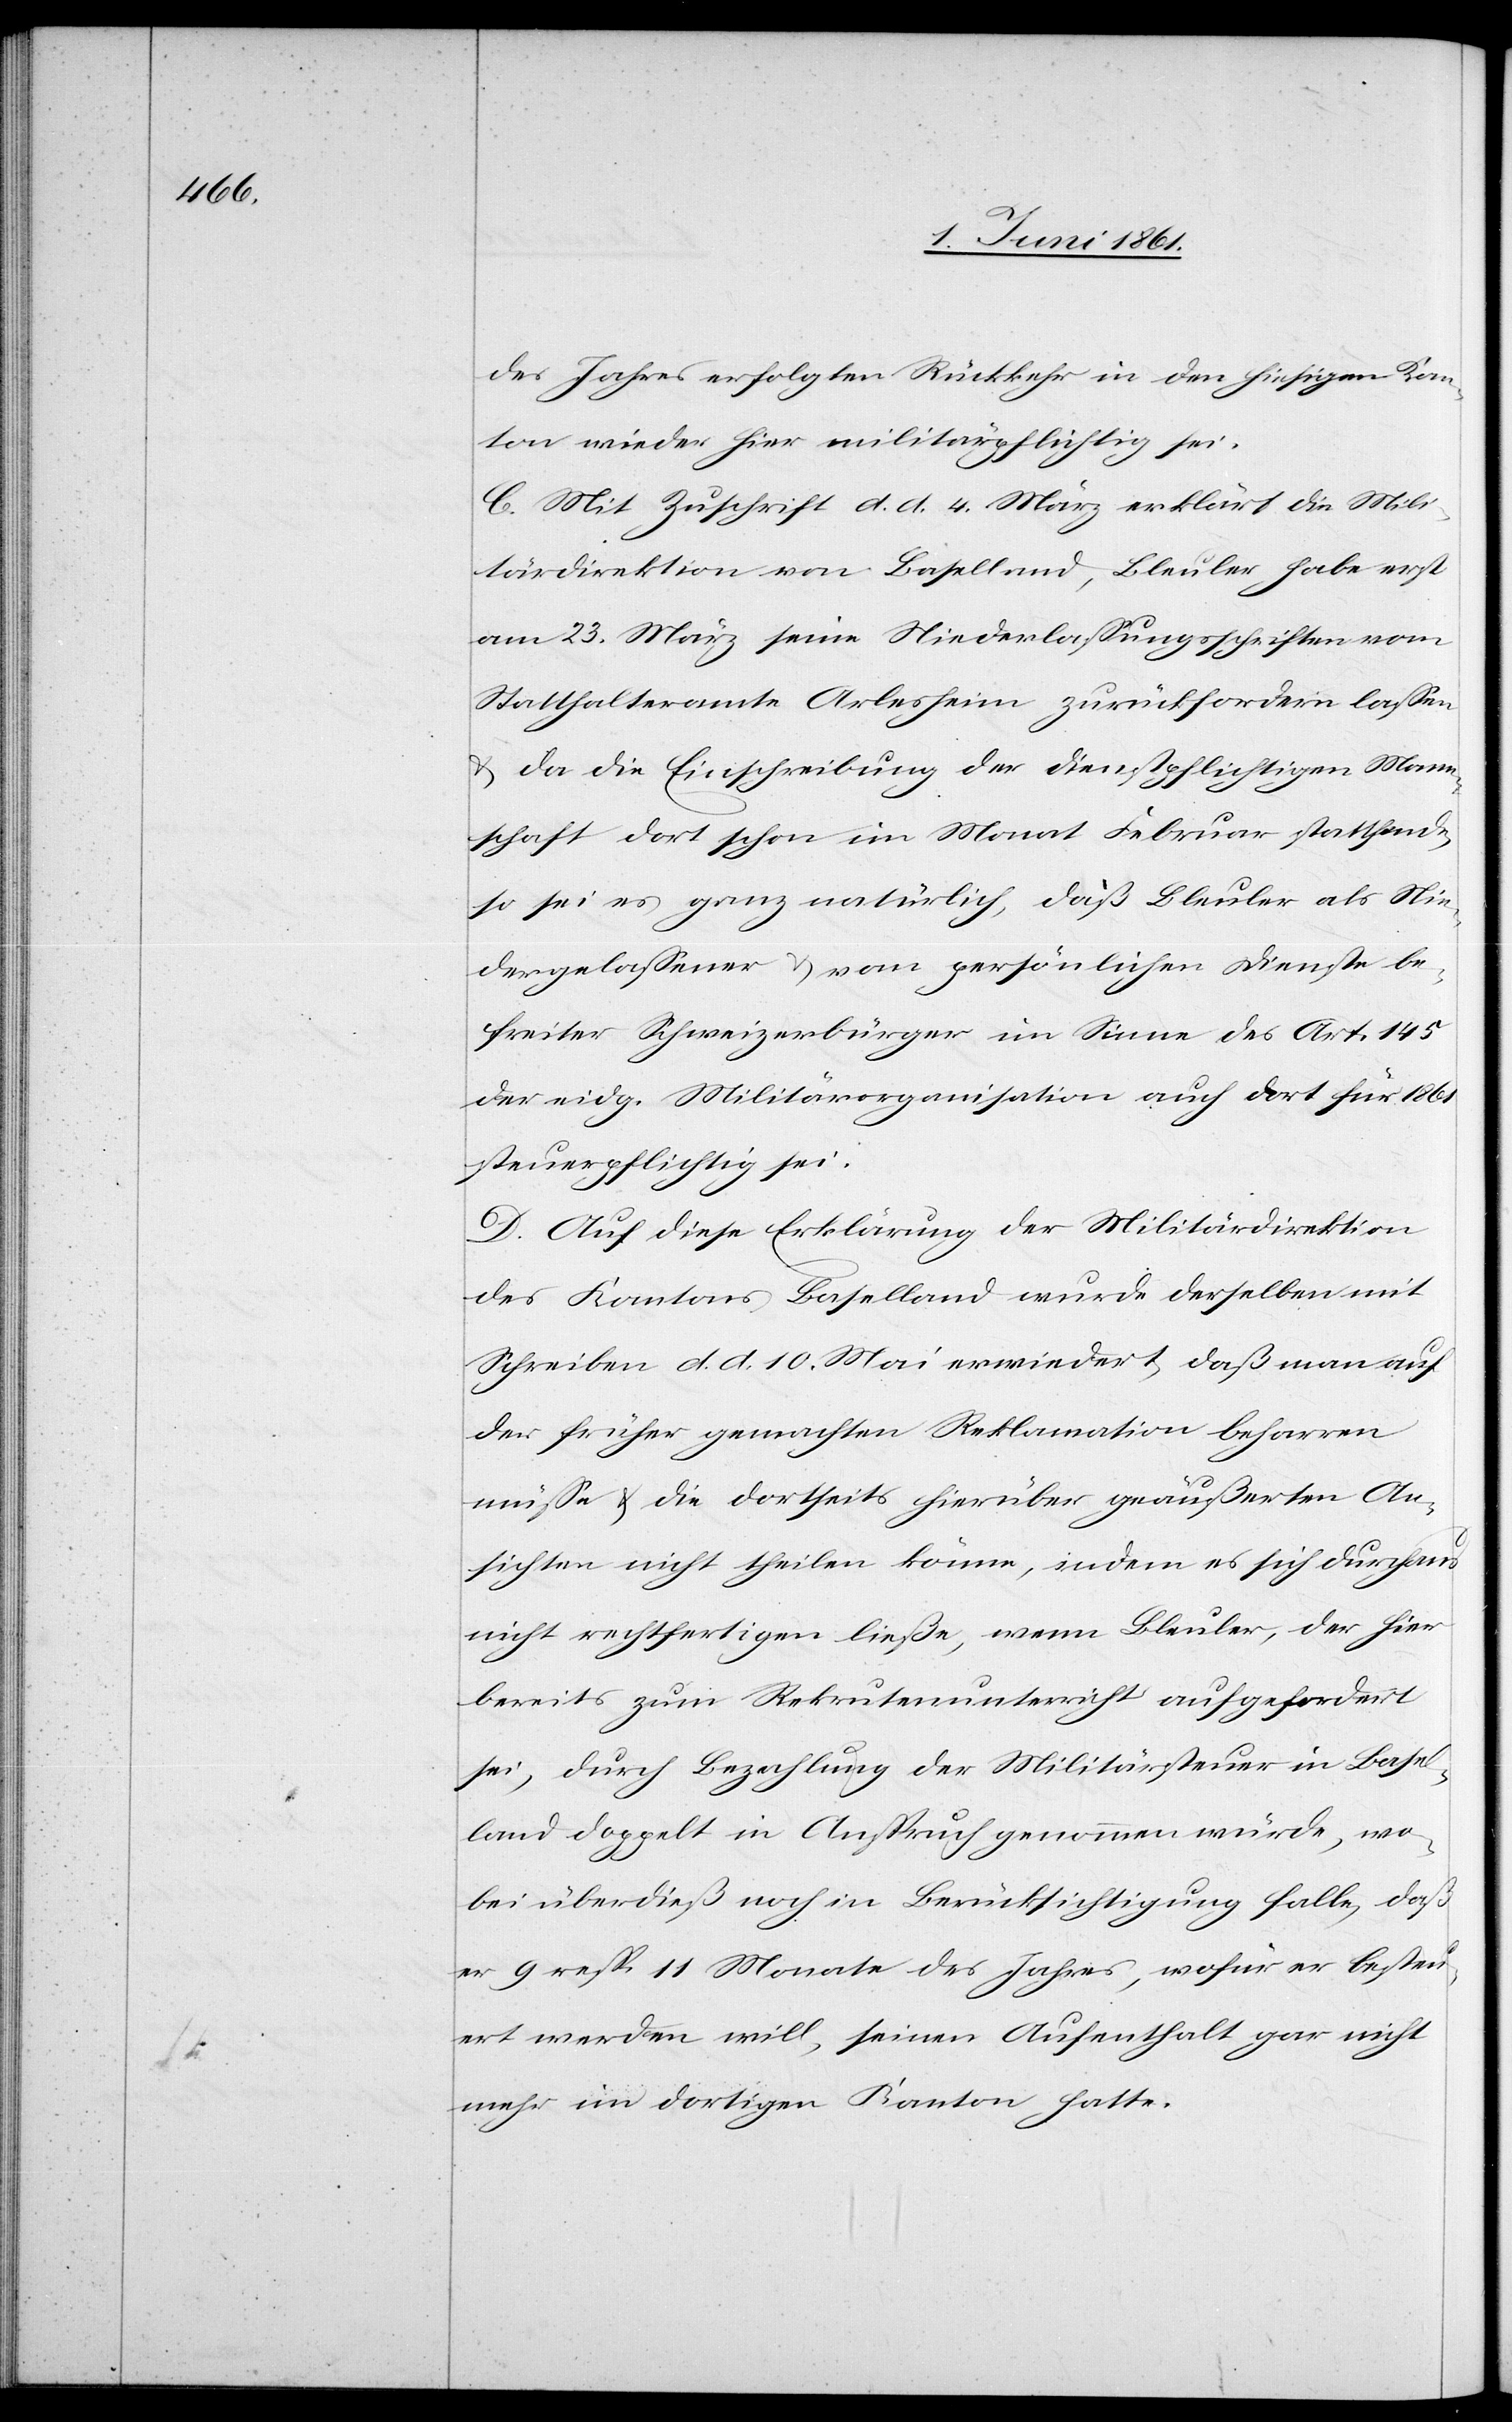
des Jahres erfolgten Rückkehr in den hiesigen Kan¬
ton wieder hier militärpflichtig sei.
C. Mit Zuschrift d. d. 4. März erklärt die Mili¬
tärdirektion von Baselland, Bleuler habe erst
am 23. März seine Niederlassungsschriften vom
Statthalteramte Arlesheim zurückfordern lassen
u. da die Einschreibung der Dienstpflichtigen Mann¬
schaft dort schon im Monat Februar stattfand,
so sei es ganz natürlich, daß Bleuler als Nie¬
dergelassener u. vom persönlichen Dienste be¬
freiter Schweizerbürger im Sinne des Art. 145
der eidg. Militärorganisation auch dort für 1861
steuerpflichtig sei.
D. Auf diese Erklärung der Militärdirektion
des Kantons Baselland wurde derselben mit
Schreiben d. d. 10. Mai erwiedert, daß man auf
der früher gemachten Reklamation beharren
müsse u. die dortseits hierüber geäußerten An¬
sichten nicht theilen könne, indem es sich durchaus
nicht rechtfertigen ließe, wenn Bleuler, der hier
bereits zum Rekrutenunterricht aufgefordert
sei, durch Bezahlung der Militärsteuer in Basel¬
land doppelt in Anspruch genommen würde, wo¬
bei überdieß noch in Berücksichtigung falle, daß
er 9 resp. 11 Monate des Jahres, wofür er besteu¬
ert werden will, seinen Aufenthalt gar nicht
mehr im dortigen Kanton hatte.